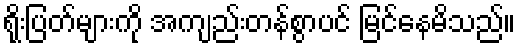
ရိုးပြတ်များကို အကျည်းတန်စွာပင် မြင်နေမိသည်။